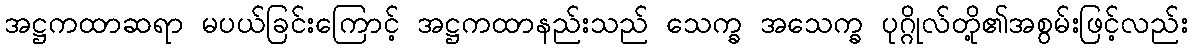
အဋ္ဌကထာဆရာ မပယ်ခြင်းကြောင့် အဋ္ဌကထာနည်းသည် သေက္ခ အသေက္ခ ပုဂ္ဂိုလ်တို့၏အစွမ်းဖြင့်လည်း